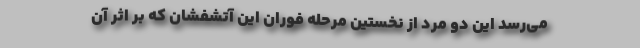
می‌رسد این دو مرد از نخستین مرحله فوران این آتشفشان که بر اثر آن